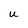
Character: U